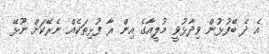
އެ ދެ ބޭފުޅުން ވިދާޅުވީ މުލީއާގެ އިން ރާ ފުޅިތަކެއް ނެރޭކަށް ނޫޅޭ